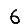
Digit: 6